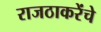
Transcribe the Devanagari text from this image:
राजठाकरेंचे